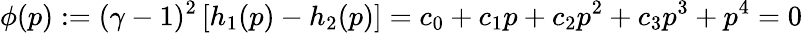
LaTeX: \phi(p):=(\gamma-1)^{2}\left[h_{1}(p)-h_{2}(p)\right]=c_{0}+c_{1}p+c_{2}p^{2}+c_{3}p^{3}+p^{4}=0